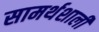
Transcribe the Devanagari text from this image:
सामर्थशाली